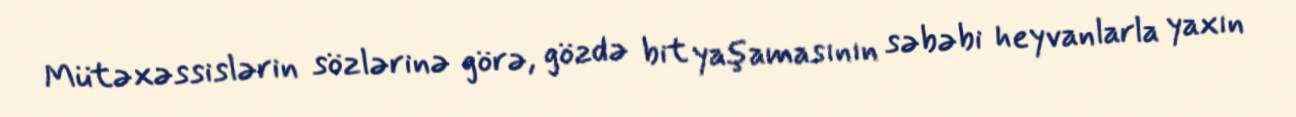
Mütəxəssislərin sözlərinə görə, gözdə bit yaşamasının səbəbi heyvanlarla yaxın